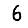
Digit: 6